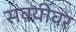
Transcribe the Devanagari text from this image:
सवयींवर